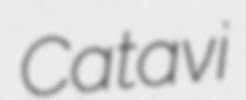
Catavi